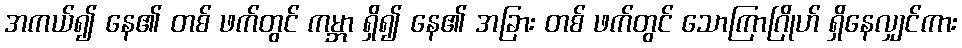
အကယ်၍ နေ၏ တစ် ဖက်တွင် ကမ္ဘာ ရှိ၍ နေ၏ အခြား တစ် ဖက်တွင် သောကြာဂြိုဟ် ရှိနေလျှင်ကား